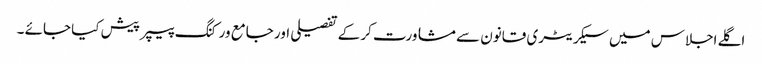
اگلے اجلاس میں سیکریٹری قانون سے مشاورت کر کے تفصیلی اور جامع ورکنگ پیپر پیش کیا جائے ۔